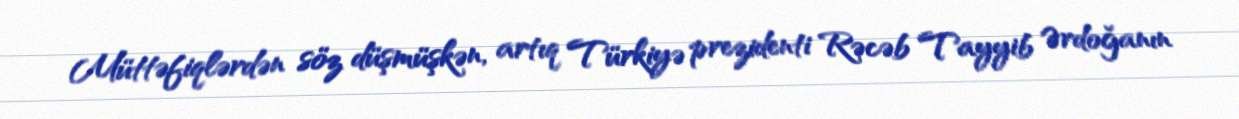
Müttəfiqlərdən söz düşmüşkən, artıq Türkiyə prezidenti Rəcəb Tayyib Ərdoğanın